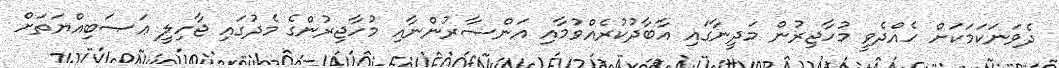
ދެވަނަކަމަކަށް ހެއްދެވީ މުހާޖިރުން މަދީނާގައި އާބާދުކުރެއްވުމާއި އަންޞާރުންނާއި މުހާޖިރުންގެ މެދުގައި ޖާހިލީ ޢަޞަބިއްޔަތަށް